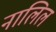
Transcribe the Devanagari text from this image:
नालिल